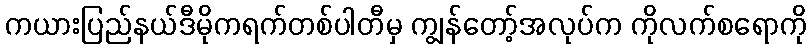
ကယားပြည်နယ်ဒီမိုကရက်တစ်ပါတီမှ ကျွန်တော့်အလုပ်က ကိုလက်စရောကို